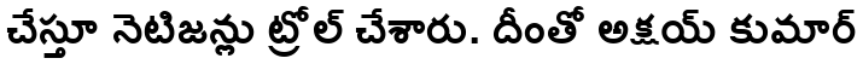
చేస్తూ నెటిజన్లు ట్రోల్ చేశారు. దీంతో అక్షయ్ కుమార్